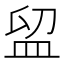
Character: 𥁚